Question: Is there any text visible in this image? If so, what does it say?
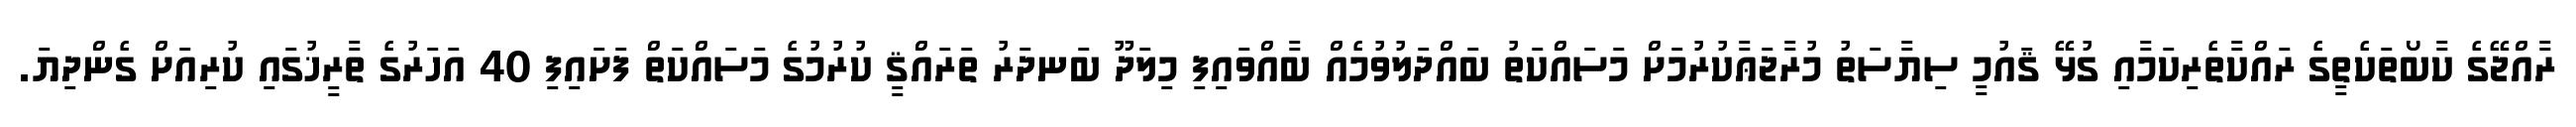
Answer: ރާއްޖޭގެ ކާބޯތަކެތީގެ ރައްކާތެރިކަމާއި ގުޅޭ ޤައުމީ ސިޔާސަތު މުރާޖަޢާކުރުމަށް މަސައްކަތު ބައްދަލުވުމެއް ބާއްވައިފި މިލަދޫ ބަނދަރު ތަރައްޤީ ކުރުމުގެ މަސައްކަތް ފަށައިފި 40 އަހަރުގެ ތާރީޚުގައި ކުރިއަށް ގެންދިޔަ.